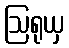
ဩရုယှ